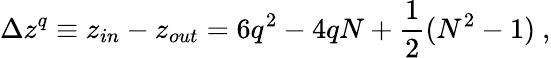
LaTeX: \Delta z^{q}\equiv z_{in}-z_{out}=6q^{2}-4qN+{\frac{1}{2}}(N^{2}-1)\ ,